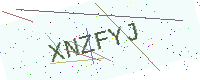
Text: XNZFYJ